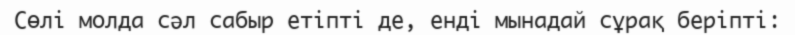
Сөлі молда сәл сабыр етіпті де, енді мынадай сұрақ беріпті: